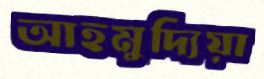
আহমুদ্যিয়া